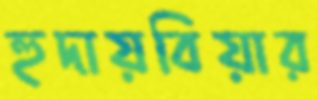
হুদায়বিয়ার